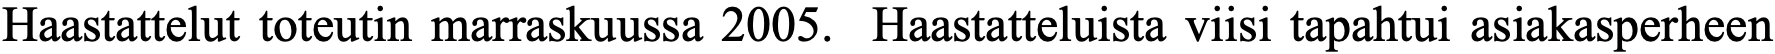
Haastattelut toteutin marraskuussa 2005. Haastatteluista viisi tapahtui asiakasperheen